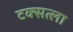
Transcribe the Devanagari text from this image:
टक्सत्ला